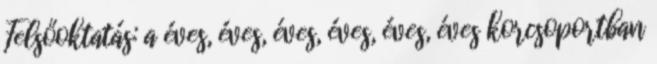
Felsőoktatás: a éves, éves, éves, éves, éves, éves korcsoportban